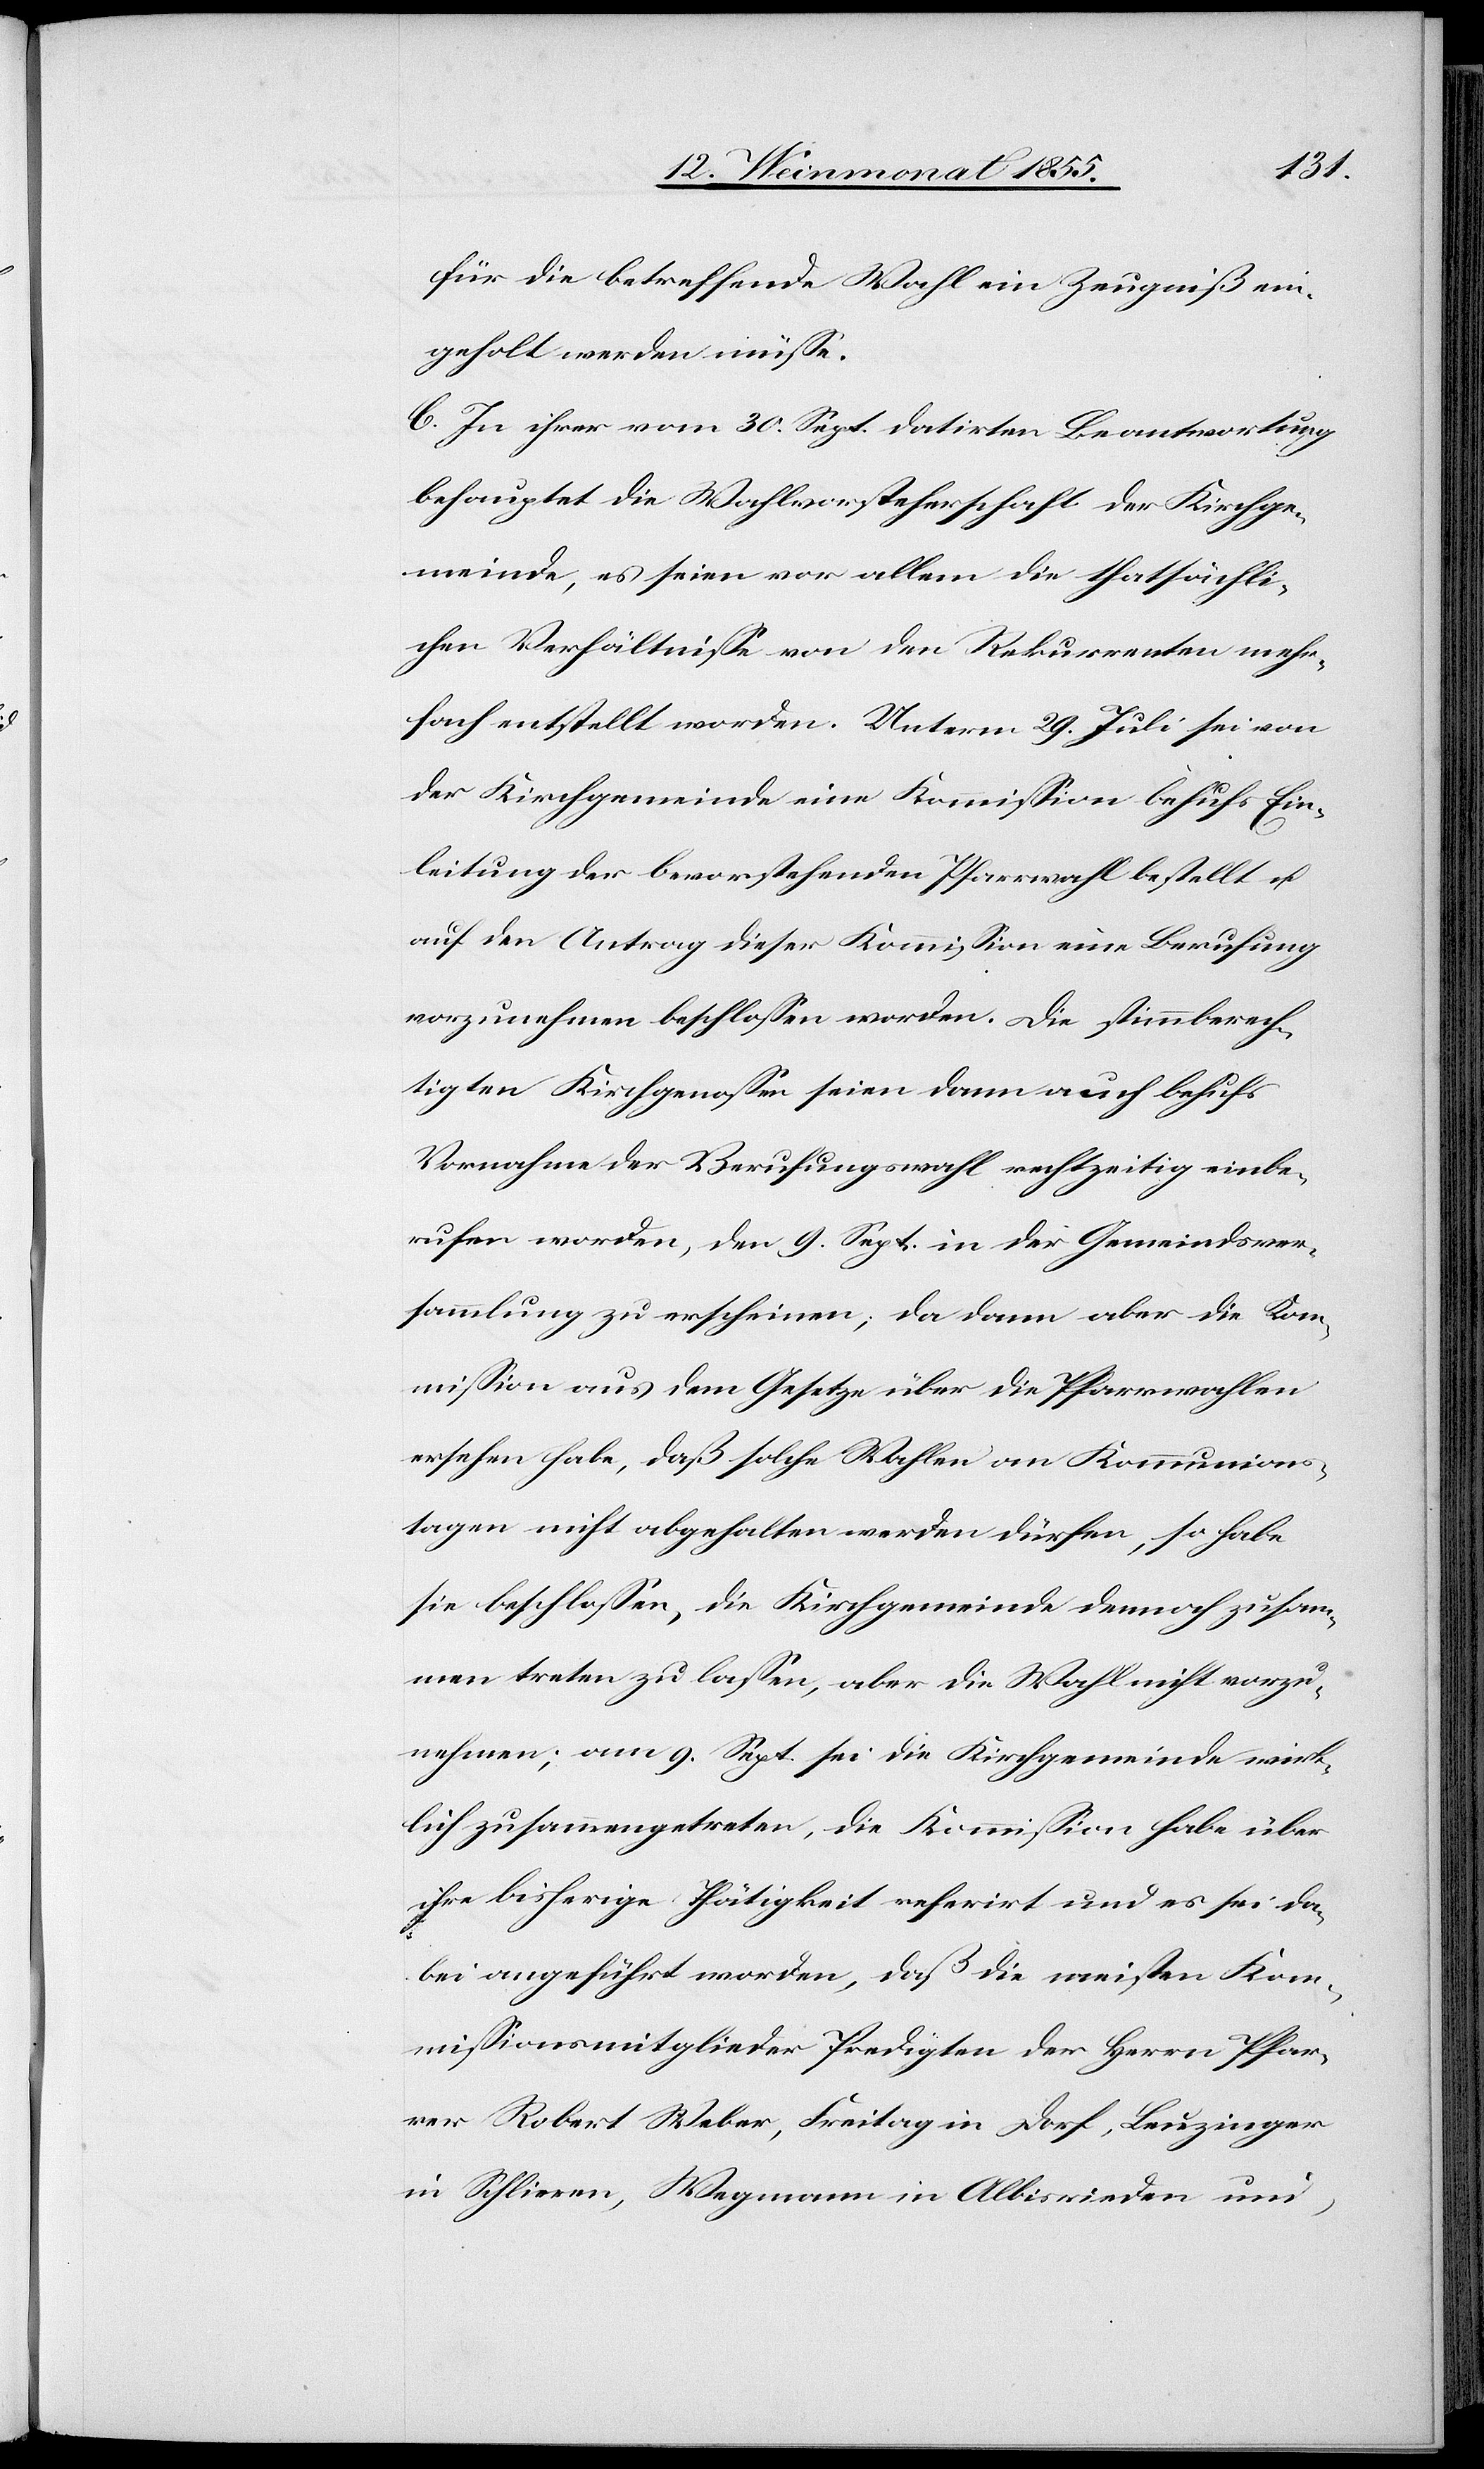
für die betreffende Wahl ein Zeugniß ein¬
geholt werden müsse.
C. In ihrer vom 30. Sept. datirten Beantwortung
behauptet die Wahlvorsteherschaft der Kirchge¬
meinde, es seien vor allem die thatsächli¬
chen Verhältnisse von den Rekurrenten mehr¬
fach entstellt worden. Unterm 29. Juli sei von
der Kirchgemeinde eine Kommission behufs Ein¬
leitung der bevorstehenden Pfarrwahl bestellt u.
auf den Antrag dieser Kommission eine Berufung
vorzunehmen beschlossen worden. Die stimmberech¬
tigten Kirchgenossen seien dann auch behufs
Vornahme der Berufungswahl rechtzeitig einbe¬
rufen worden, den 9. Sept. in der Gemeindsver¬
sammlung zu erscheinen; da dann aber die Kom¬
mission aus dem Gesetze über die Pfarrwahlen
ersehen habe, daß solche Wahlen an Kommunions¬
tagen nicht abgehalten werden dürfen, so habe
sie beschlossen, die Kirchgemeinde dennoch zusam¬
men treten zu lassen, aber die Wahl nicht vorzu¬
nehmen; am 9. Sept. sei die Kirchgemeinde wirk¬
lich zusammengetreten, die Kommission habe über
ihre bisherige Thätigkeit referirt und es sei da¬
bei angeführt worden, daß die meisten Kom¬
missionsmitglieder Predigten der Herrn Pfar¬
rer Robert Weber, Freitag in Dorf, Leuzinger
in Schlieren, Wegmann in Albisrieden und